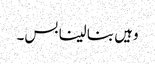
وہیں بنا لینا بس۔